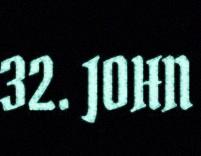
32. JOHN